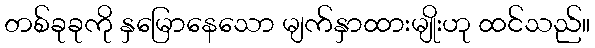
တစ်ခုခုကို နှမြောနေသော မျက်နှာထားမျိုးဟု ထင်သည်။